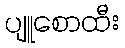
ပျူစောထီး